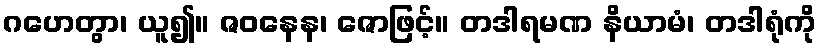
ဂဟေတွာ၊ ယူ၍။ ဇဝနေန၊ ဇောဖြင့်။ တဒါရမဏ နိယာမံ၊ တဒါရုံကို